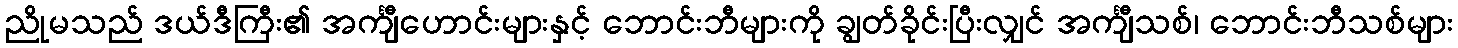
ညိုမသည် ဒယ်ဒီကြီး၏ အင်္ကျီဟောင်းများနှင့် ဘောင်းဘီများကို ချွတ်ခိုင်းပြီးလျှင် အင်္ကျီသစ်၊ ဘောင်းဘီသစ်များ